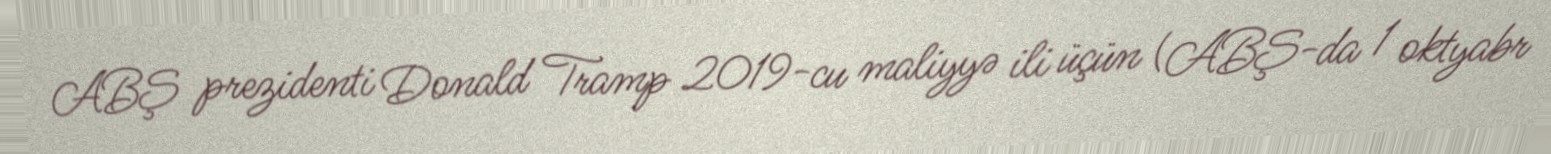
ABŞ prezidenti Donald Tramp 2019-cu maliyyə ili üçün (ABŞ-da 1 oktyabr